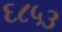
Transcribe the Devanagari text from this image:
६८५३